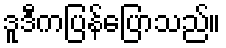
ဒူဒီကပြန်ပြောသည်။